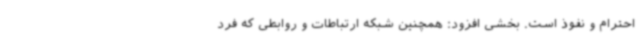
احترام و نفوذ است. بخشی افزود: همچنین شبکه ارتباطات و روابطی که فرد